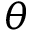
\theta